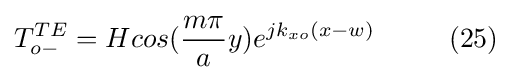
T_{o-}^{TE}=Hcos({\frac {m\pi }{a}}y)e^{jk_{xo}(x-w)}\ \ \ \ \ \ \ \ (25)